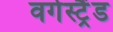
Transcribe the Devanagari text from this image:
वर्गस्ट्रैंड